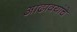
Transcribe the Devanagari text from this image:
आढावयांचे